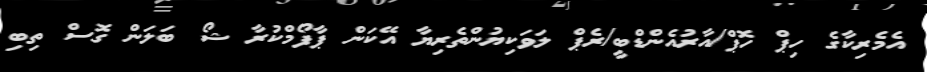
އެމެރިކާގެ ހިޕް ހޮޕް/އާރުއެންޑްބީ/ރެޕް ލަވަކިޔުންތެރިޔާ އޭކަން ޕާފޯމްކުރާ ޝޯ ބަލަން ގޮސް ތިބި